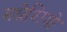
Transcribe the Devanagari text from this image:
मधेशियो